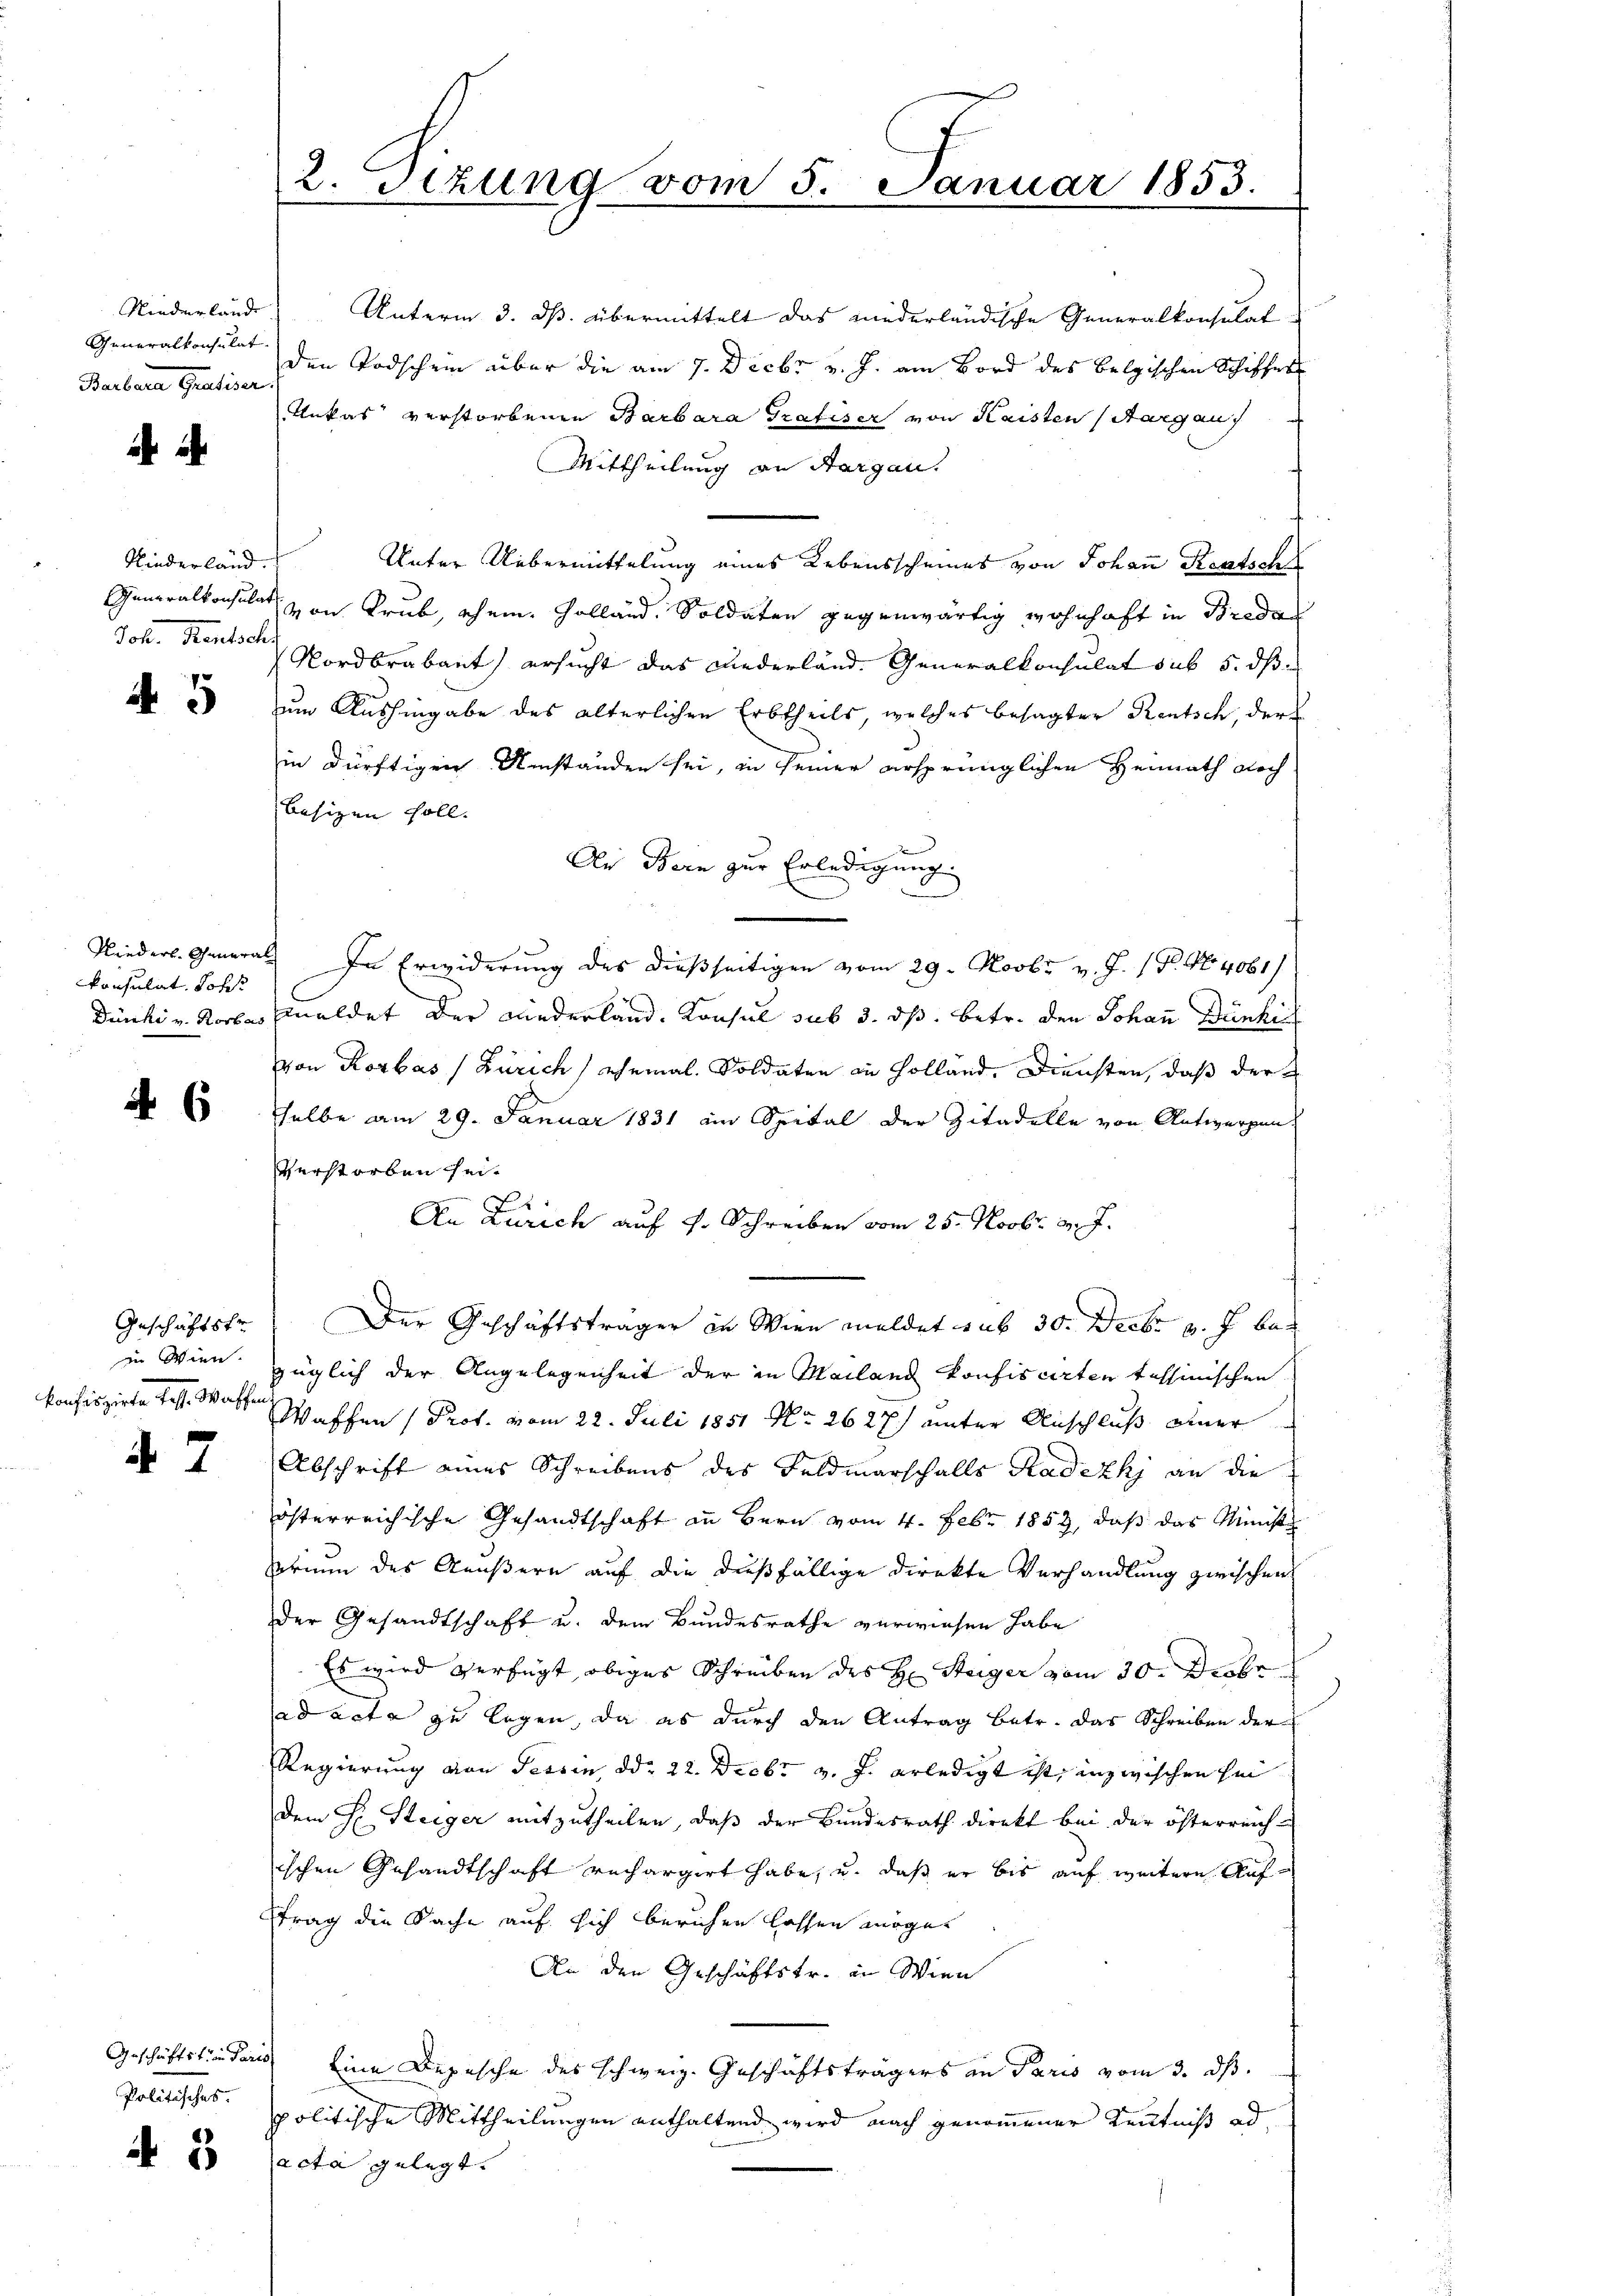
Niederlande
Barbara Gratiser.

Niederland.
Joh. Kantsch

45

konsulat. Johs.

Geschäftstr
in Wien.
konfiszirte fess. Waschen.

47

Unterm 3. ds. übermittelt das niederländische Generalkonsulat
Generalkonsulen den Todschein über die am 7. Decbr v. J. am Bord des belgischen Schiffer
Aukas verstorbenen Barbara Grafiser von Kaisten (Margau
Mittheilung an Aargau.
Unter Uebermittelung eines Lebensscheines von Johann Rentsch
Generalkonsulat von Trub, ehem. Holland. Soldaten gegenwärtig wohnhaft in Breda
Nordbrabant) ersucht das Niederland. Generalkonsulat sub 5. dß
um Aushingabe des älterlichen Erbtheils, welches besagter Rentsch, der
in dürftigen Umständen sei, in seiner ersprünglichen Heimath doch
besizen soll. |
An Bern zur Erledigung
Nieders. General. In Erwiderung des dießseitigen vom 29. Novbr. v. J. 18. No. 4061/
Dünki v. Rorbas meldet der Wiederland. Konsul sub 3. ds. betr. den Johann Dunkir
von Rorbas (Zürich ehemal. Soldaten an Holländ. Diensten, daß der
   selbe am 29. Januar 1831 am Spital der Zitadelle von Antworfen,
Verstorben sei.
An Zürich auf dr Schreiben vom 25. Novbr. v. J.
Der Geschäftsträger in Wien meldet sub 30. Decbr v. J. bezüglich der Angelegenheit der in Mailand konfiscirten tessinischen
Waffen (Prot. vom 22. Juli 1851 No 2627) unter Anschluß einer
Abschrift eines Schreibens des Feldmarschalls Radezki an die
österreichische Gesandtschaft an Bern vom 4. Febr. 1852, daß das Ministe
orium des Aeußern auf die dießfällige Direkte Verhandlung zwischen
der Gesandtschaft u. dem Bundesrathe verwiesen habe
Es wird verfügt, obiges Schreiben des H: Steiger vom 30. Dabe
ad acta zu legen, da es durch den Antrag betr. das Schreiben der
Regierung von Tessin ddo 22. Decbr v. J. erledigt ist, inzwischen sei
dem H. Steiger mitzutheilen, daß der Bundesrath direkt bei der österreich-
ischen Gesandtschaft rechargirt habe, u. daß er bis auf weitere Auftrag die Sache auf sich beruhen lassen möge.
An den Geschäftstr. in Wien
Geschäftständers eine Depesche des schweiz. Geschäftsträgers an Paris vom 3. ds.
politische Mittheilungen enthaltend wird nach genommener Kenntniß ad
A 23 acta gelegt.

Politisches.

2. Tizung vom 5. Januar 1853.